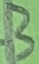
Text: 3